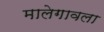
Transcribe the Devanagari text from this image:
मालेगावला